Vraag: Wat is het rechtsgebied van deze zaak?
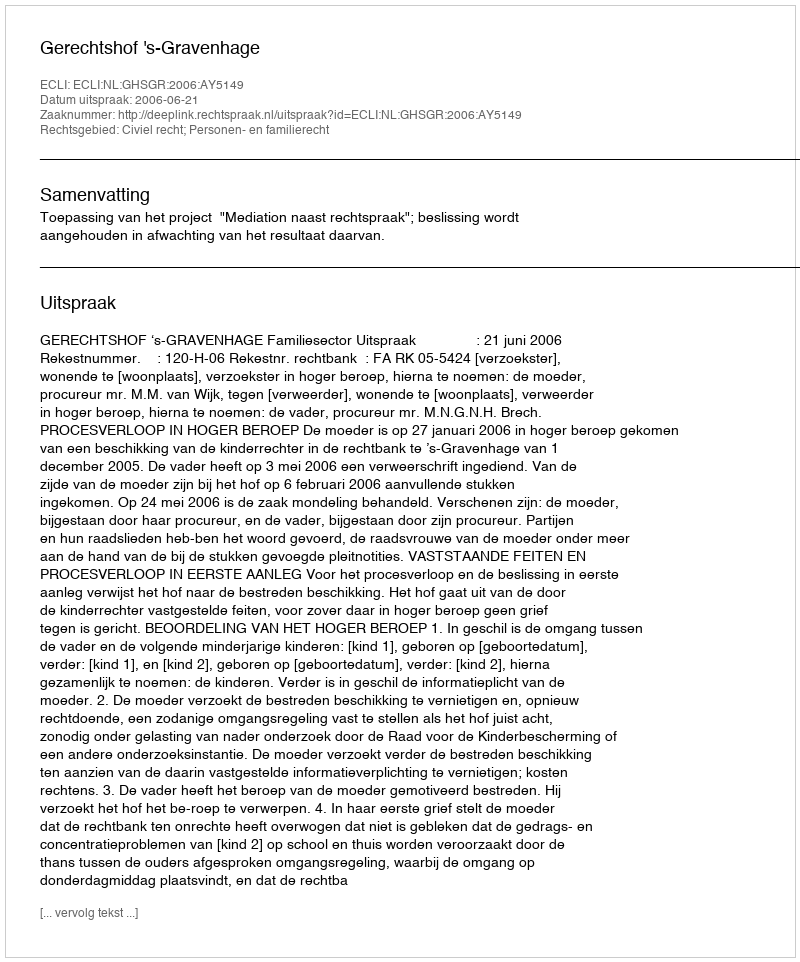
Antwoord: Civiel recht; Personen- en familierecht